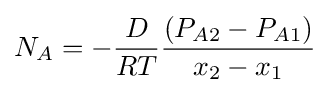
N_{A}=-{\frac {D}{RT}}{\frac {(P_{A2}-P_{A1})}{x_{2}-x_{1}}}